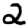
Digit: 2